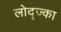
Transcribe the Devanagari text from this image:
लोद्ज्का